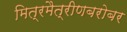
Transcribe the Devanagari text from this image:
मित्रमैत्रीणबरोबर